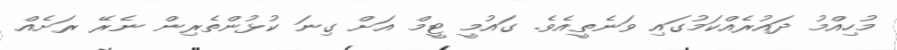
މުހިއްމު ދައުރެއްކަމުގައި ވަަނެތީއެވެ. ގައުމީ ޓީމް އަށް ގިނަ ކުޅުންތެރިން ނެރޭ ރަށެއް